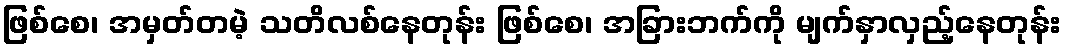
ဖြစ်စေ၊ အမှတ်တမဲ့ သတိလစ်နေတုန်း ဖြစ်စေ၊ အခြားဘက်ကို မျက်နှာလှည့်နေတုန်း